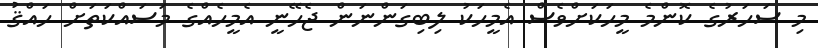
މި ސަހަރުގެ ކޮންމެ މީހަކަށްވެސް އެމީހަކު ލިބިގަންނަން ޖެހޭނީ އެމީހެއްގެ މަސައްކަތަށް ހައްޤު